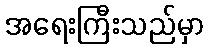
အရေးကြီးသည်မှာ